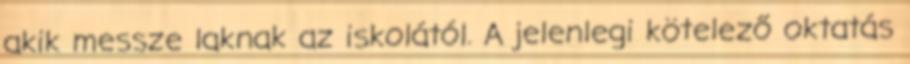
akik messze laknak az iskolától. A jelenlegi kötelező oktatás